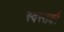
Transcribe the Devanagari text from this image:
स्वस्तकौ